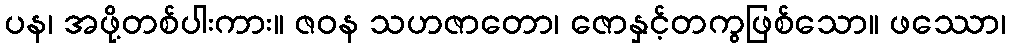
ပန၊ အဖို့တစ်ပါးကား။ ဇဝန သဟဇာတော၊ ဇောနှင့်တကွဖြစ်သော။ ဖဿော၊